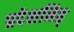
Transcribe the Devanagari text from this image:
प्रदेशनिष्ठ्